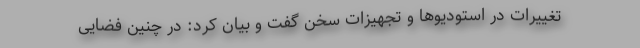
تغییرات در استودیوها و تجهیزات سخن گفت و بیان کرد: در چنین فضایی